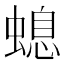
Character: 螅